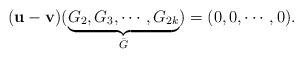
\begin{align*} (\mathbf{u}-\mathbf{v})(\underbrace{G_2,G_3,\cdots,G_{2k}}_{\bar{G}})=(0,0,\cdots,0). \end{align*}